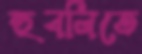
হুবলিতে